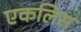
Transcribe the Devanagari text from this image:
एकलिस